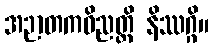
အဉာတကဝိညတ္တိ နိဿဂ္ဂိ။